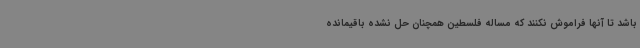
باشد تا آنها فراموش نکنند که مساله فلسطین همچنان حل نشده باقیمانده